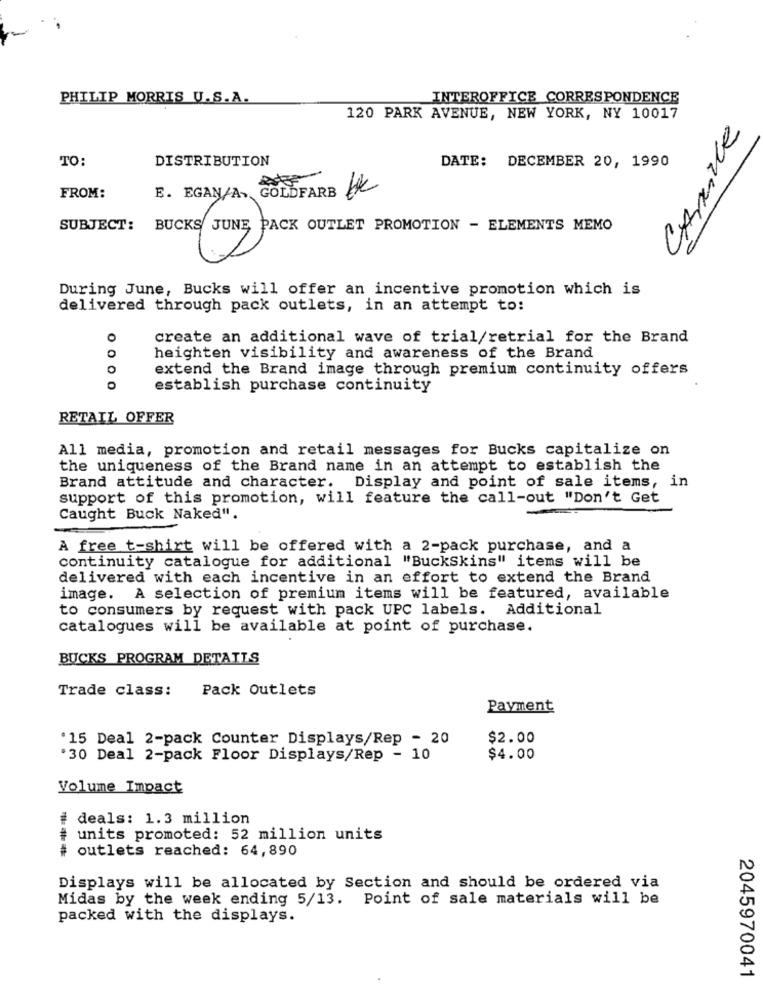
PHILIP MORRIS U.S.A.
INTEROFFICE CORRESPONDENCE
120 PARK AVENUE, NEW YORK, NY 10017
TO:
DISTRIBUTION
DATE: DECEMBER 20, 1990
FROM:
E. EGAN/A> GOLDFARB 6X
SUBJECT:
BUCKS JUNE, PACK OUTLET PROMOTION - ELEMENTS MEMO
During June, Bucks will offer an incentive promotion which is
delivered through pack outlets, in an attempt to:
create an additional wave of trial/retrial for the Brand
heighten visibility and awareness of the Brand
extend the Brand image through premium continuity offers
0000
establish purchase continuity
RETAIL OFFER
All media, promotion and retail messages for Bucks capitalize on
the uniqueness of the Brand name in an attempt to establish the
Brand attitude and character. Display and point of sale items, in
support of this promotion, will feature the call-out "Don't Get
Caught Buck Naked".
A free t-shirt will be offered with a 2-pack purchase, and a
continuity catalogue for additional "BuckSkins" items will be
delivered with each incentive in an effort to extend the Brand
image. A selection of premium items will be featured, available
to consumers by request with pack UPC labels. Additional
catalogues will be available at point of purchase.
BUCKS PROGRAM DETAILS
Trade class:
Pack Outlets
Payment
'15 Deal 2-pack Counter Displays/Rep - 20
$2.00
'30 Deal 2-pack Floor Displays/Rep - 10
$4.00
Volume Impact
deals: 1.3 million
units promoted: 52 million units
outlets reached: 64,890
Displays will be allocated by Section and should be ordered via
Midas by the week ending 5/13. Point of sale materials will be
packed with the displays.
2045970041